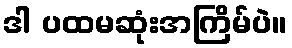
ဒါ ပထမဆုံးအကြိမ်ပဲ။